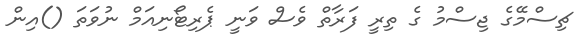
ޗިސްމޭގެ ޖިސްމު ގެ ތިރީ ފަރާތް ވެސް ވަނީ ޕެރިޓޯނިއަމް ނުވަތަ ()އިން